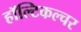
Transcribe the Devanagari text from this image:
हॉल्टिकल्चर